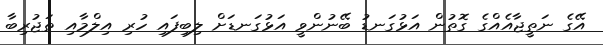
އޭގެ ނަތީޖާއެއްގެ ގޮތުން އަޅުގަނޑު ބޭނުންވީ އަޅުގަނޑަށް ލިބިފައި ހުރި އިލްމާއި ތަޖުރިބާ